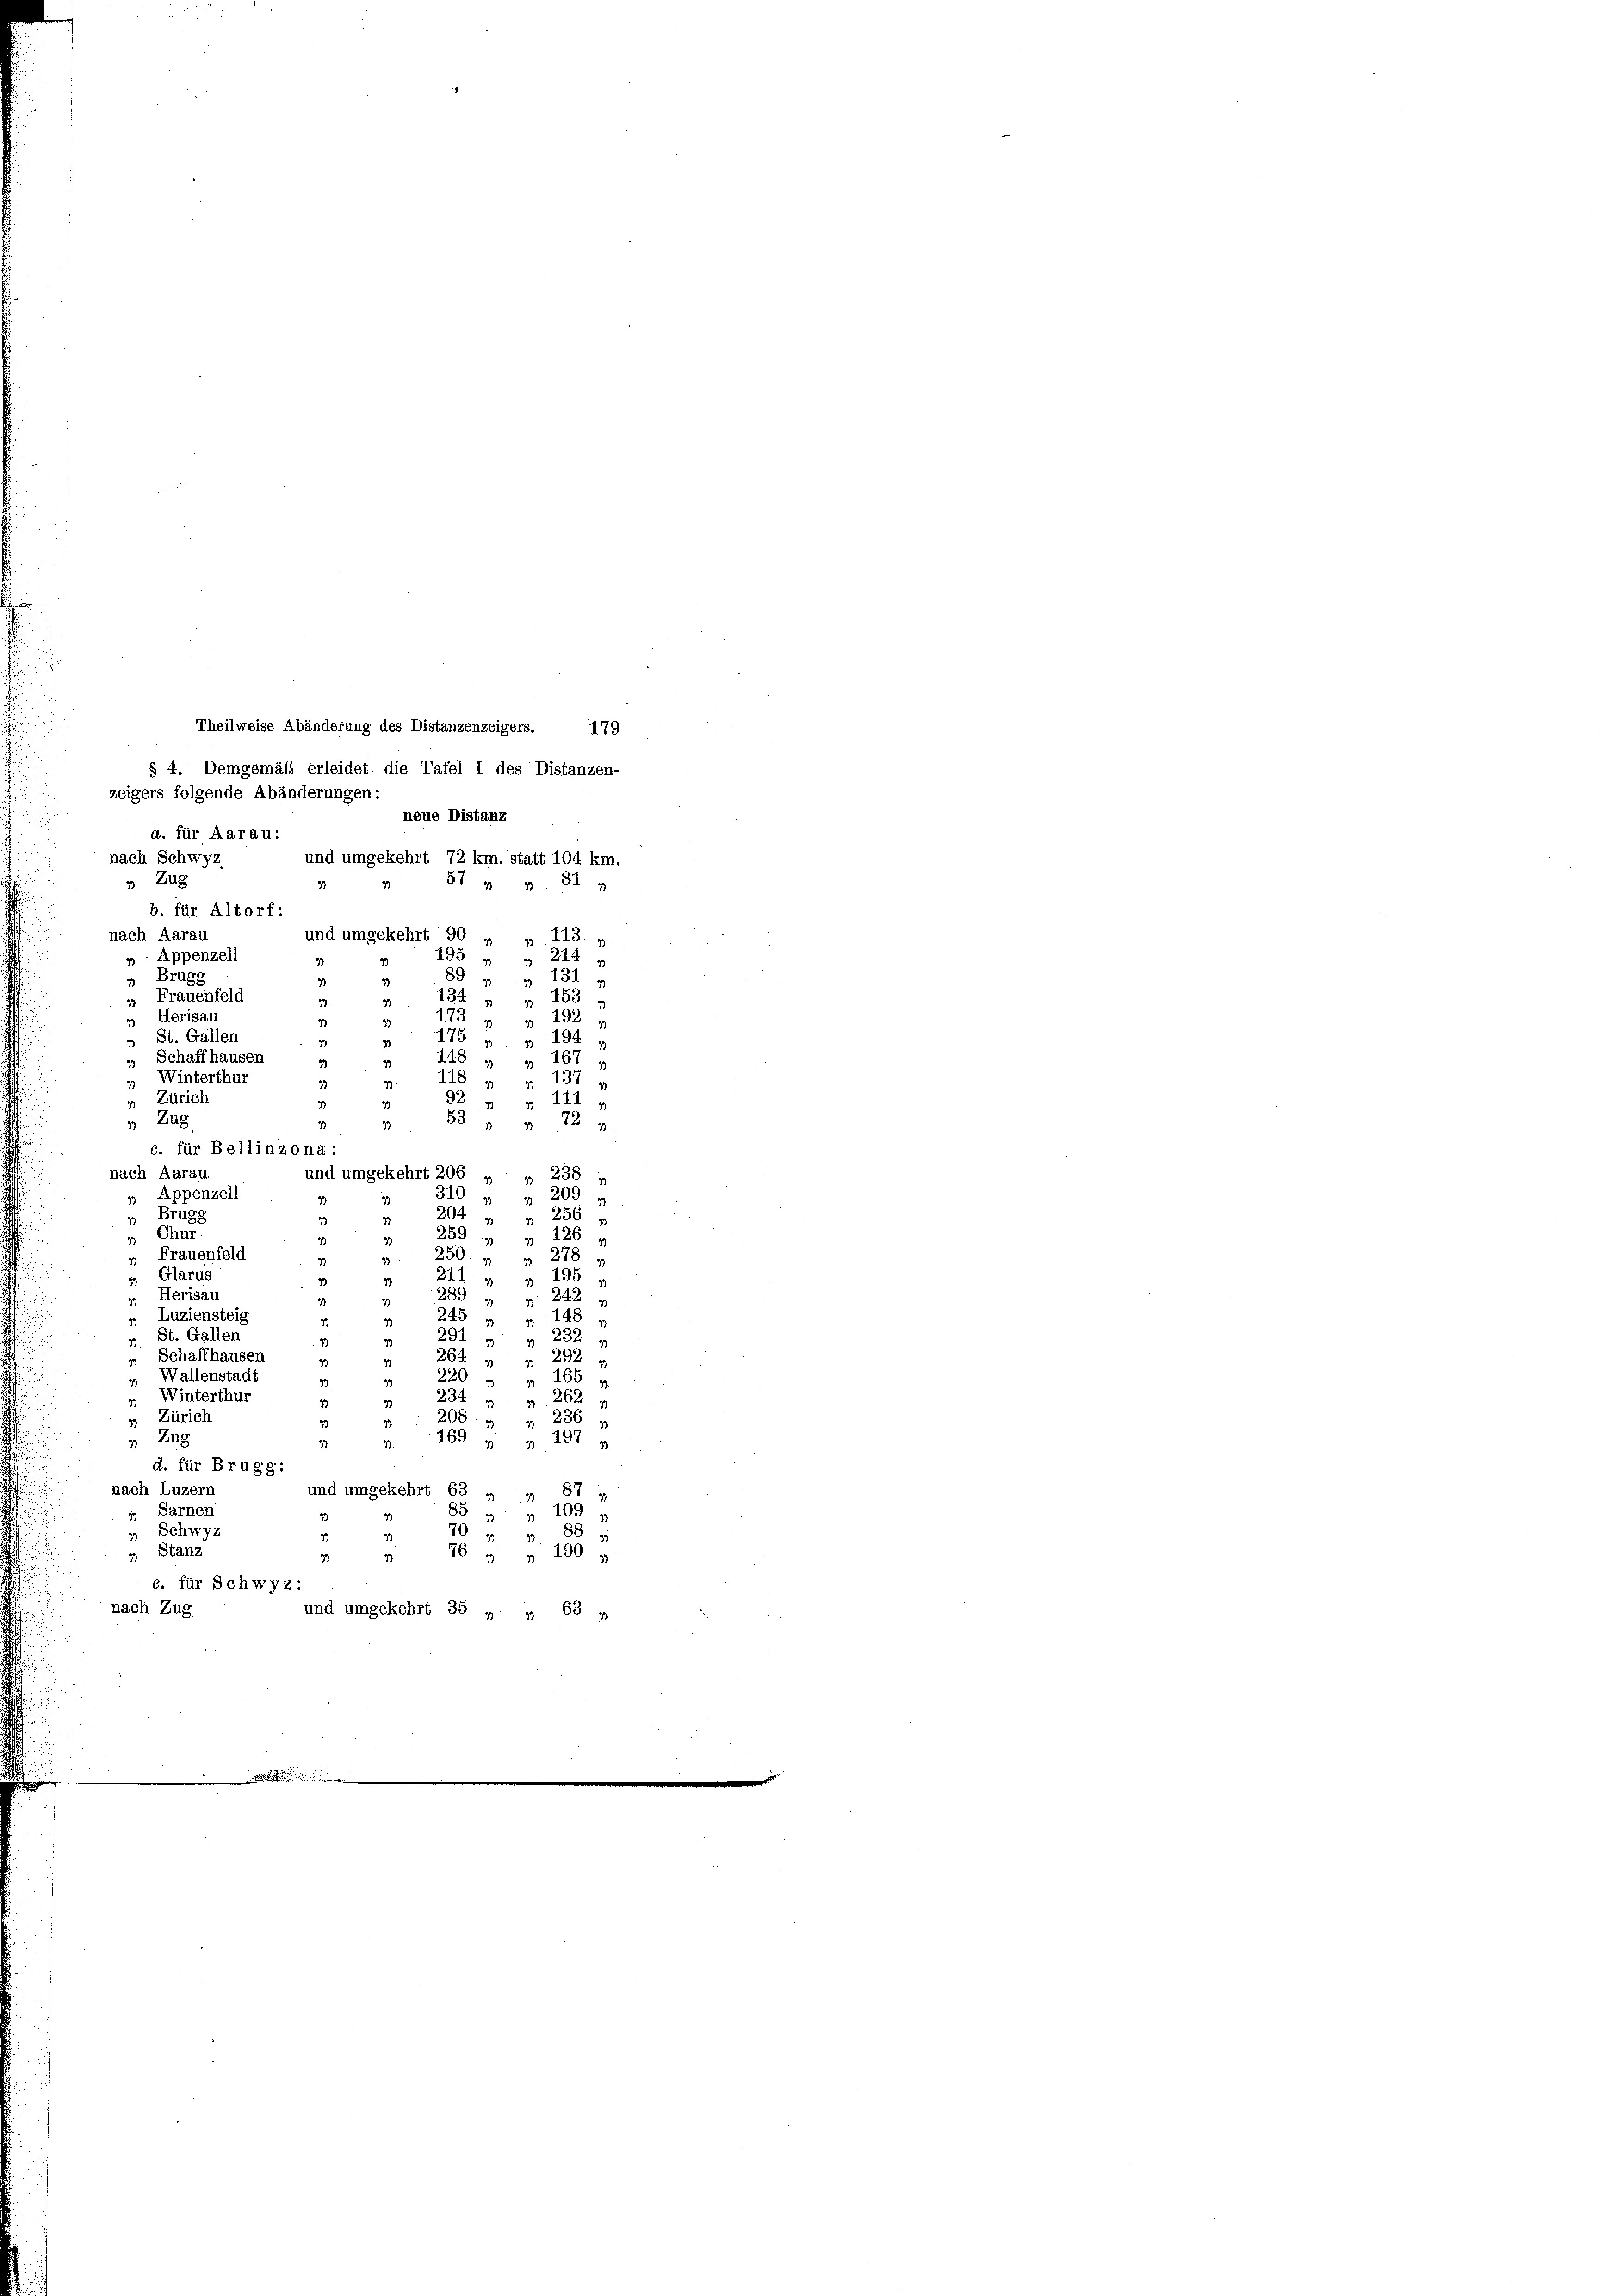
nach Schwyz

d. für Aarau:
und umgekehrt 72 km. statt 104 km.
33
b. für Altorf:

c. für Bellinzona :

Theilweise Abänderung des Distanzenzeigers. 179
§ 4. Demgemäß erleidet die Tafel I des Distanzen-
zeigers folgende Abänderungen:
neue Distanz
» Zug
574 n 81 v
nach Aarau
» 113.
3 Appenzell
195 " " 214
„ Brugg
89 " " 131 u
134
„ Frauenfeld
 „ 153 u
173
 Herisau
 " 192
» St. Gallen
194 u
175
 Schaffhausen
148 „ „ 167 u.
118
„ Winterthur
n 127
9.
 Zürich
n» 111 4
 Zag
88 " " 72
33
nach Aarau
und umgekehrt 206 „ „ 238
Appenzell
209 f
310 n 3
33
Brugg
204 " " 256
33
 Chur
259 „ „ 126 v
„ Frauenfeld
250. „
278
3)
3
Glarus
211
 195 u
33
93
Herisau
289 " " 242 u
33
2
148
„ Luziensteig
245
St. Gallen
232
291
3
20
„ Schaffhausen
264 "
93
22.
„ Wallenstadt
 165 f
Winterthur
262 f
234 n 1
208
Zürich
 236 x
 Zag
169 „ „ 197 u
39
3)
d. für Brugg:
nach Luzern
und umgekehrt 63 „ „ 87 „
 Sarnen
85 " " 109 u
 Schwyz
70 " " 88 u
 Stänz
76 " " 100
93
33
e. für Schwyz:
nach Zug
und umgekehrt 35 „ „ 63 „

und umgekehrt 90